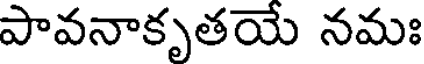
పావనాకృతయే నమః